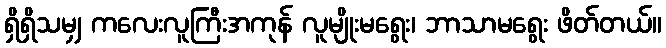
ရှိရှိသမျှ ကလေးလူကြီးအကုန် လူမျိုးမရွေး၊ ဘာသာမရွေး ဖိတ်တယ်။